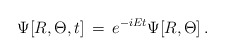
\begin{align*}\Psi [R, \Theta ,t]\, =\, e^{-iEt} \Psi [R, \Theta ]\, .\end{align*}